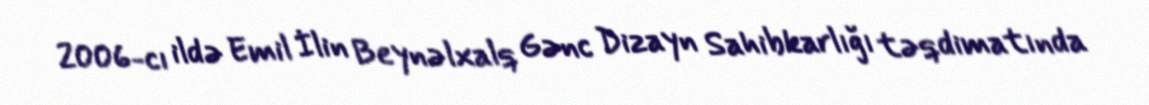
2006-cı ildə Emil İlin Beynəlxalq Gənc Dizayn Sahibkarlığı təqdimatında